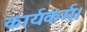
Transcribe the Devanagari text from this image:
कार्यकर्म।